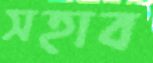
সহাব